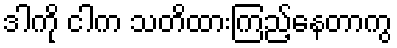
ဒါကို ငါက သတိထားကြည့်နေတာကွ